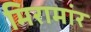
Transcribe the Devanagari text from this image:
मिरामांर